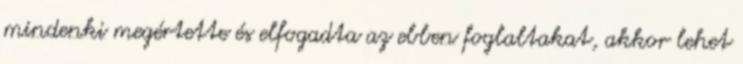
mindenki megértette és elfogadta az ebben foglaltakat, akkor lehet